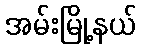
အမ်းမြို့နယ်